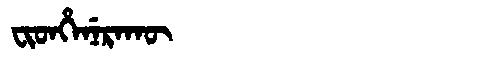
Manchu: ᠸᡳᡨᡥᡝᠨᡝᡵᠠᡴᡡ
Romanization: FITHENERAKŪ